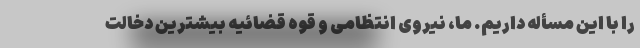
را با این مسأله داریم. ما، نیروی انتظامی و قوه قضائیه بیشترین دخالت